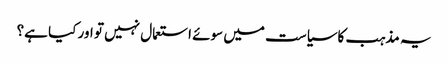
یہ مذہب کاسیاست میں سوئے استعمال نہیں تو اور کیا ہے؟